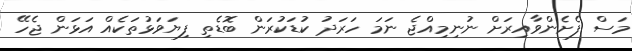
މަސް ފެށެންވާއިރަށް ނުނިމިއްޖެ ނަމަ ހަރަދު ކުޑަކުރަން ބޮޑެތި ފިޔަވަޅުތަކެއް އަޅަން ޖެހޭ